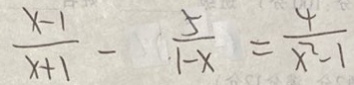
\frac { x - 1 } { x + 1 } - \frac { 5 } { 1 - x } = \frac { 4 } { x ^ { 2 } - 1 }